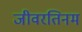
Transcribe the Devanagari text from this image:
जीवरतिनम